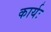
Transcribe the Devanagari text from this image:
कार्यः